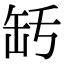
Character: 𦈤